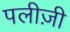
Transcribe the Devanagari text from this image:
पलीज़ी